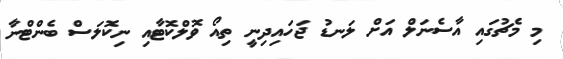
މި މެޗުގައި އާސެނަލް އަށް ލަނޑު ޖަހައިދިނީ ތިއޯ ވޮލްކޮޓާއި ނިކޮލަސް ބެންޓްނާ